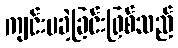
ကျင်းပခဲ့ခြင်းဖြစ်သည်